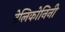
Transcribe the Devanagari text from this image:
हेलिकोनिनी